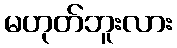
မဟုတ်ဘူးလား